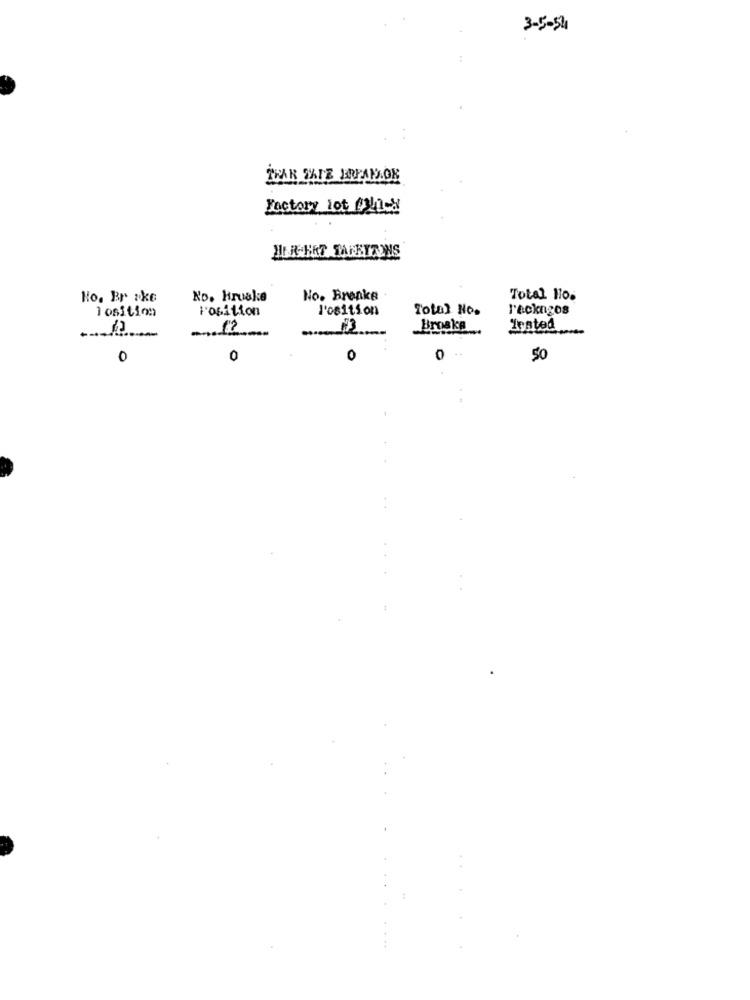
3-5-54
:
TRAN SATE FREAKLOR
Factory lot fi-x
HER-HAS TARKYTONS
Ho. Br ske
No. Hiruake
No. Brenke
Total H10.
Position
Position
l'osition
Total No.
l'ackngos
Broske.
Icated
0
0
0
0
50